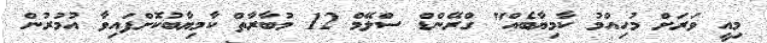
މިއީ ވަރަށް މުހިއްމު ކާމިޔާބެއް" ގްރޭންޑް ސްލޭމް 12 މުބާރާތް ކާމިޔާބުކޮށްފައިވާ އުމުރުން